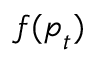
\boldsymbol { f } ( \boldsymbol { p } _ { t } )